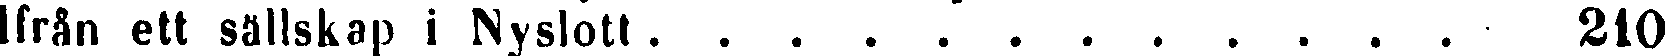
Ifrån ett sällskap i Nyslott. . . . . . . . . . . . 210